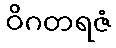
ဝိဂတရဇံ